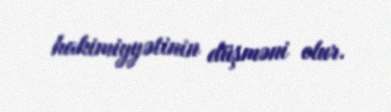
hakimiyyətinin düşməni olur.